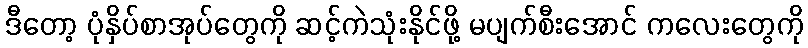
ဒီတော့ ပုံနှိပ်စာအုပ်တွေကို ဆင့်ကဲသုံးနိုင်ဖို့ မပျက်စီးအောင် ကလေးတွေကို